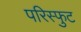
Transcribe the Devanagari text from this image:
परिस्फुट